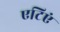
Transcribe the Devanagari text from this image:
एटिएं